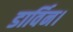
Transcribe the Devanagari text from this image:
डार्विन।